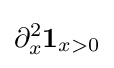
\partial _{x}^{2}\mathbf {1} _{x>0}